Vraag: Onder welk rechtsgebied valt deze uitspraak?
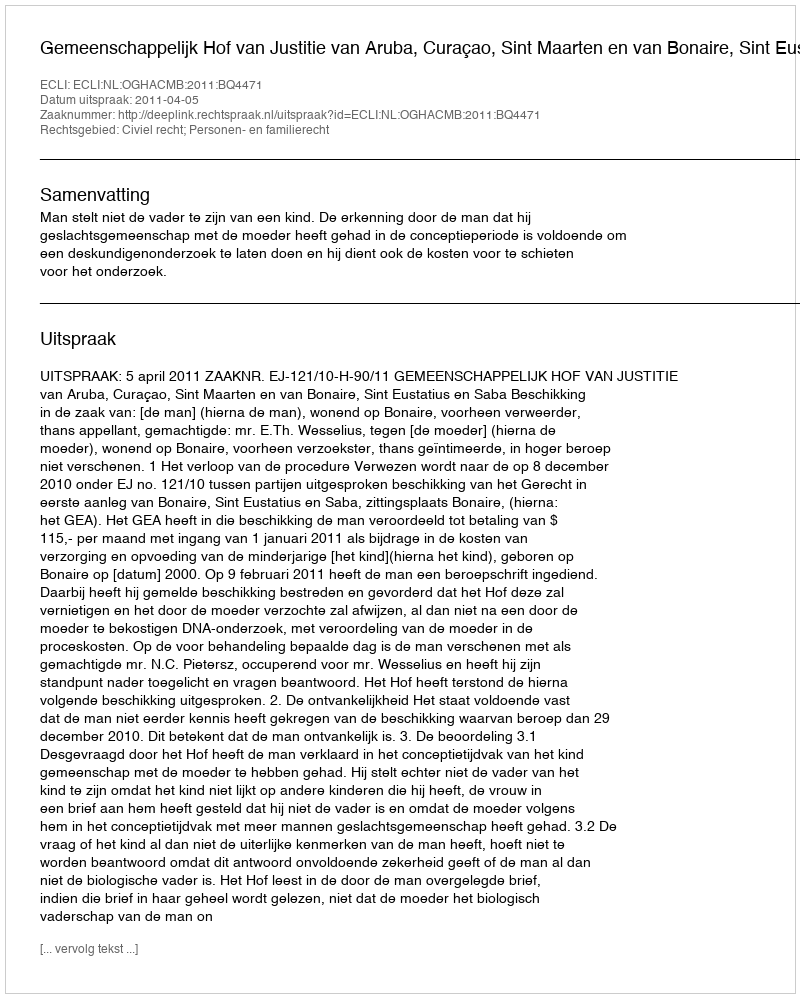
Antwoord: Civiel recht; Personen- en familierecht